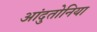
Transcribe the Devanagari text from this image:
आंदुतोनिया